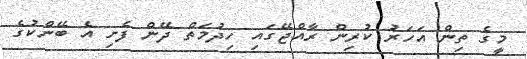
މީގެ ތިން އަހަރު ކުރިން ރާއްޖޭގައި ހިދުމަތް ދޭން ފެށި އެ ބޭންކުގެ